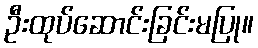
ဦးထုပ်ဆောင်းခြင်းမပြု။